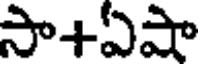
సా+ఏషా